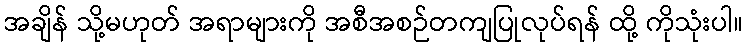
အချိန် သို့မဟုတ် အရာများကို အစီအစဉ်တကျပြုလုပ်ရန် ထို့ ကိုသုံးပါ။